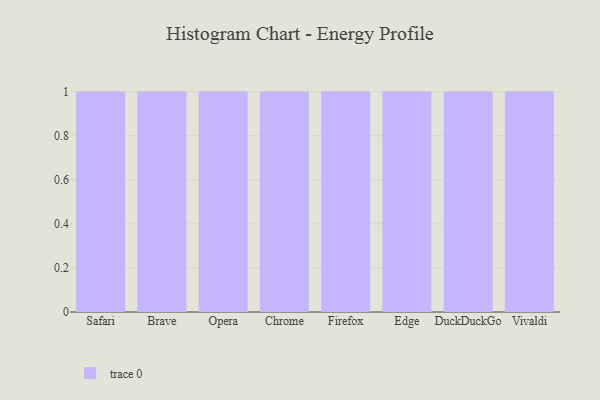
{"axis": {"x": "Browser", "y": "Page Views"}, "legend": [""], "data": [{"x": "Safari", "y": 1, "type": ""}, {"x": "Brave", "y": 54, "type": ""}, {"x": "Opera", "y": 95, "type": ""}, {"x": "Chrome", "y": 98, "type": ""}, {"x": "Firefox", "y": 66, "type": ""}, {"x": "Edge", "y": 57, "type": ""}, {"x": "DuckDuckGo", "y": 74, "type": ""}, {"x": "Vivaldi", "y": 18, "type": ""}]}